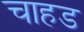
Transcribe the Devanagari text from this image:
चाहड